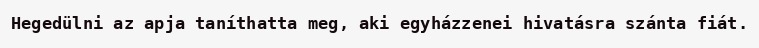
Hegedülni az apja taníthatta meg, aki egyházzenei hivatásra szánta fiát.